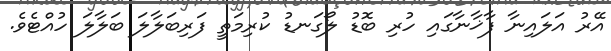
އޭރު އަލައިނާ ފާޚާނާގައި ހުރި ބޮޑު ލޯގަނޑު ކުރިމަތީ ފަރިބަލާލަ ބަލާލަ ހުއްޓެވެ.